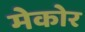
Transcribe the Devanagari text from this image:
मेकोर